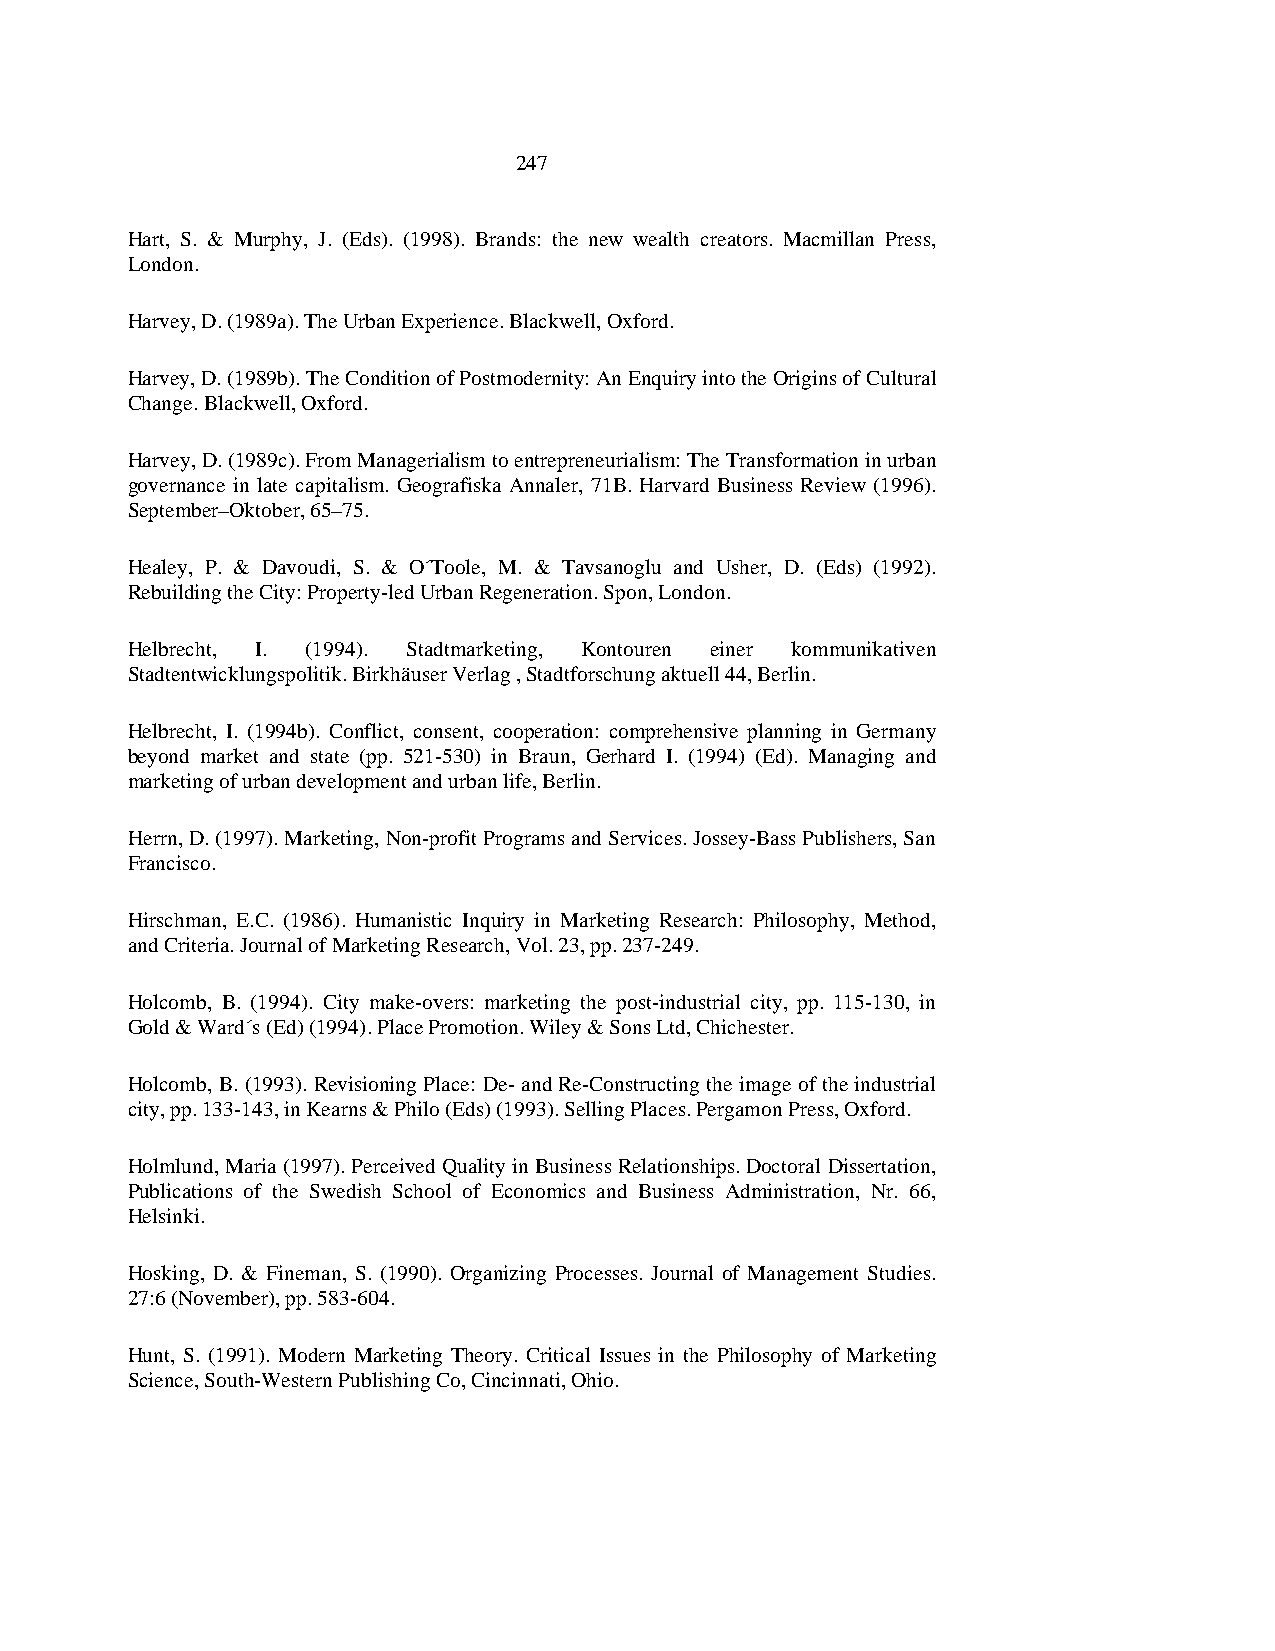
247
 Hart, S. & Murphy, J. (Eds). (1998). Brands: the new wealth creators. Macmillan Press,
 London.
 Harvey, D. (1989a). The Urban Experience. Blackwell, Oxford.
 Harvey, D. (1989b). The Condition of Postmodernity: An Enquiry into the Origins of Cultural
 Change. Blackwell, Oxford.
 Harvey, D. (1989c). From Managerialism to entrepreneurialism: The Transformation in urban
 governance in late capitalism. Geografiska Annaler, 71B. Harvard Business Review (1996).
 September–Oktober, 65–75.
 Healey, P. & Davoudi, S. & O´Toole, M. & Tavsanoglu and Usher, D. (Eds) (1992).
 Rebuilding the City: Property-led Urban Regeneration. Spon, London.
 Helbrecht, I. (1994). Stadtmarketing, Kontouren einer kommunikativen
 Stadtentwicklungspolitik. Birkhäuser Verlag , Stadtforschung aktuell 44, Berlin.
 Helbrecht, I. (1994b). Conflict, consent, cooperation: comprehensive planning in Germany
 beyond market and state (pp. 521-530) in Braun, Gerhard I. (1994) (Ed). Managing and
 marketing of urban development and urban life, Berlin.
 Herrn, D. (1997). Marketing, Non-profit Programs and Services. Jossey-Bass Publishers, San
 Francisco.
 Hirschman, E.C. (1986). Humanistic Inquiry in Marketing Research: Philosophy, Method,
 and Criteria. Journal of Marketing Research, Vol. 23, pp. 237-249.
 Holcomb, B. (1994). City make-overs: marketing the post-industrial city, pp. 115-130, in
 Gold & Ward´s (Ed) (1994). Place Promotion. Wiley & Sons Ltd, Chichester.
 Holcomb, B. (1993). Revisioning Place: De- and Re-Constructing the image of the industrial
 city, pp. 133-143, in Kearns & Philo (Eds) (1993). Selling Places. Pergamon Press, Oxford.
 Holmlund, Maria (1997). Perceived Quality in Business Relationships. Doctoral Dissertation,
 Publications of the Swedish School of Economics and Business Administration, Nr. 66,
 Helsinki.
 Hosking, D. & Fineman, S. (1990). Organizing Processes. Journal of Management Studies.
 27:6 (November), pp. 583-604.
 Hunt, S. (1991). Modern Marketing Theory. Critical Issues in the Philosophy of Marketing
 Science, South-Western Publishing Co, Cincinnati, Ohio.